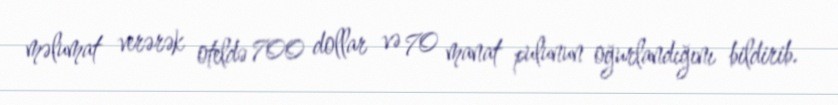
məlumat verərək oteldə 700 dollar və 70 manat pulunun oğurlandığını bildirib.